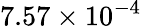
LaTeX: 7.57\times 10^{-4}